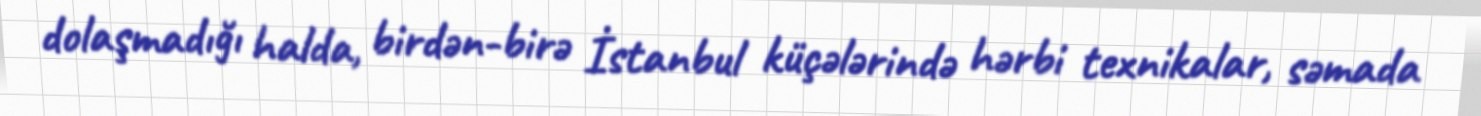
dolaşmadığı halda, birdən-birə İstanbul küçələrində hərbi texnikalar, səmada